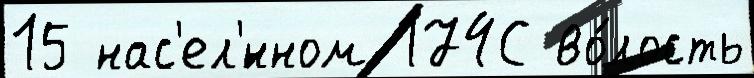
15 нас'ел'́нном 174С во́лость